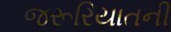
જરૂરિયાતની